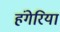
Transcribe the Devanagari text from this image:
हंगेरिया